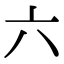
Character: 六